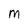
Character: M